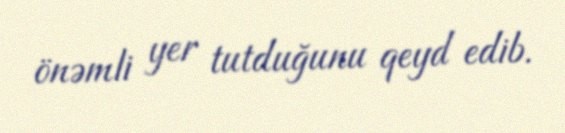
önəmli yer tutduğunu qeyd edib.